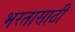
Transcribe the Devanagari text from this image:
भरतासाठी